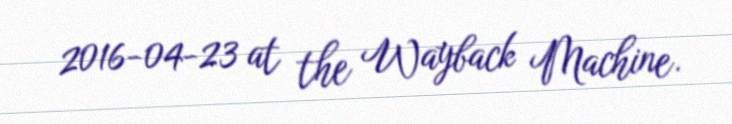
2016-04-23 at the Wayback Machine.